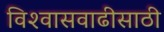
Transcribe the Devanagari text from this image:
विश्‍वासवाढीसाठी